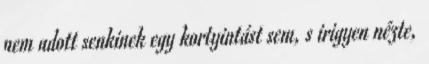
nem adott senkinek egy kortyintást sem, s irigyen nézte,